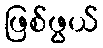
ဖြစ်ဖွယ်